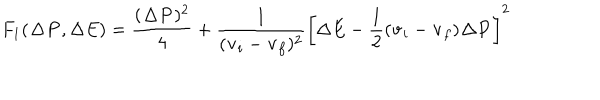
LaTeX: F _ { 1 } ( { \bf \Delta P } , \Delta E ) = \frac { ( { \bf \Delta P } ) ^ { 2 } } { 4 } + \frac { 1 } { ( { \bf v } _ { i } - { \bf v } _ { f } ) ^ { 2 } } \left[ \Delta E - \frac { 1 } { 2 } ( { \bf v } _ { i } - { \bf v } _ { f } ) { \bf \Delta P } \right] ^ { 2 }